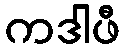
ကဒါဖီ